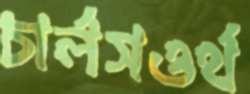
চার্লসওর্থ